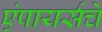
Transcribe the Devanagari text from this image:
एंपायर्सचे